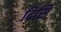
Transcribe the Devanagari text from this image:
दिसि